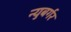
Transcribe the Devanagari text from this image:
न्युबर्गर